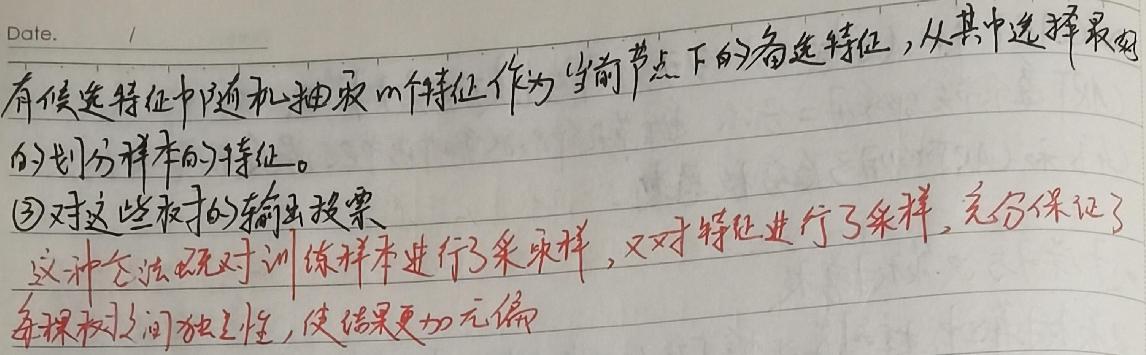
Date.
有候选特征中随机抽取m个特征作为当前节点下的备选特征，从其中选择最好
的划分样本的特征。
(3)对这些树的输出投票
这种方法既对训练样本进行了采样，又对特征进行了采样，充分保证了
每棵树之间独立性，使结果更加无偏。